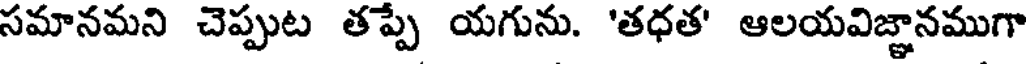
సమానమని చెప్పుట తప్పే యగును. 'తధత' ఆలయవిజ్ఞానముగా